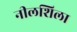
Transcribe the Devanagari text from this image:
नीलशिला